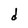
Character: d